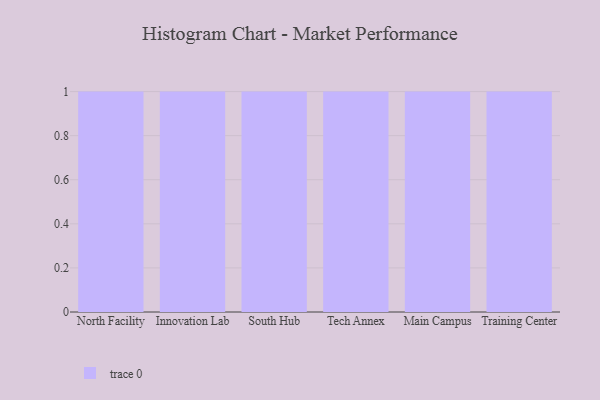
{"axis": {"x": "Campus", "y": "Operating Costs (USD K)"}, "legend": [""], "data": [{"x": "North Facility", "y": 99, "type": ""}, {"x": "Innovation Lab", "y": 61, "type": ""}, {"x": "South Hub", "y": 40, "type": ""}, {"x": "Tech Annex", "y": 20, "type": ""}, {"x": "Main Campus", "y": 71, "type": ""}, {"x": "Training Center", "y": 12, "type": ""}]}